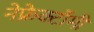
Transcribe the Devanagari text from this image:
नेफ्रेक्टॉमी